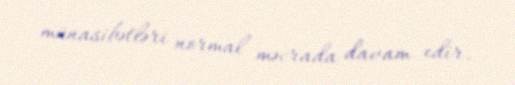
münasibətləri normal məcrada davam edir.